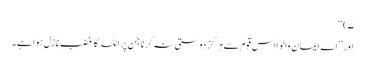
۷)‘‘
اور ’’اے ایمان والو ا اس قوم سے ہرگز دوستی نہ کرنا جن پر اللہ کا غضب نازل ہوا ہے ۔